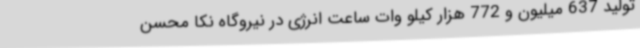
تولید 637 میلیون و 772 هزار کیلو وات ساعت انرژی در نیروگاه‌ ‌نکا محسن